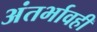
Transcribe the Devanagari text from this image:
अंतर्भावही